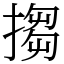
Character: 搊